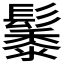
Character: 𮫑